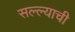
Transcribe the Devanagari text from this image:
सल्ल्याची